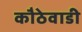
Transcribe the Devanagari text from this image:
कौठेवाडी